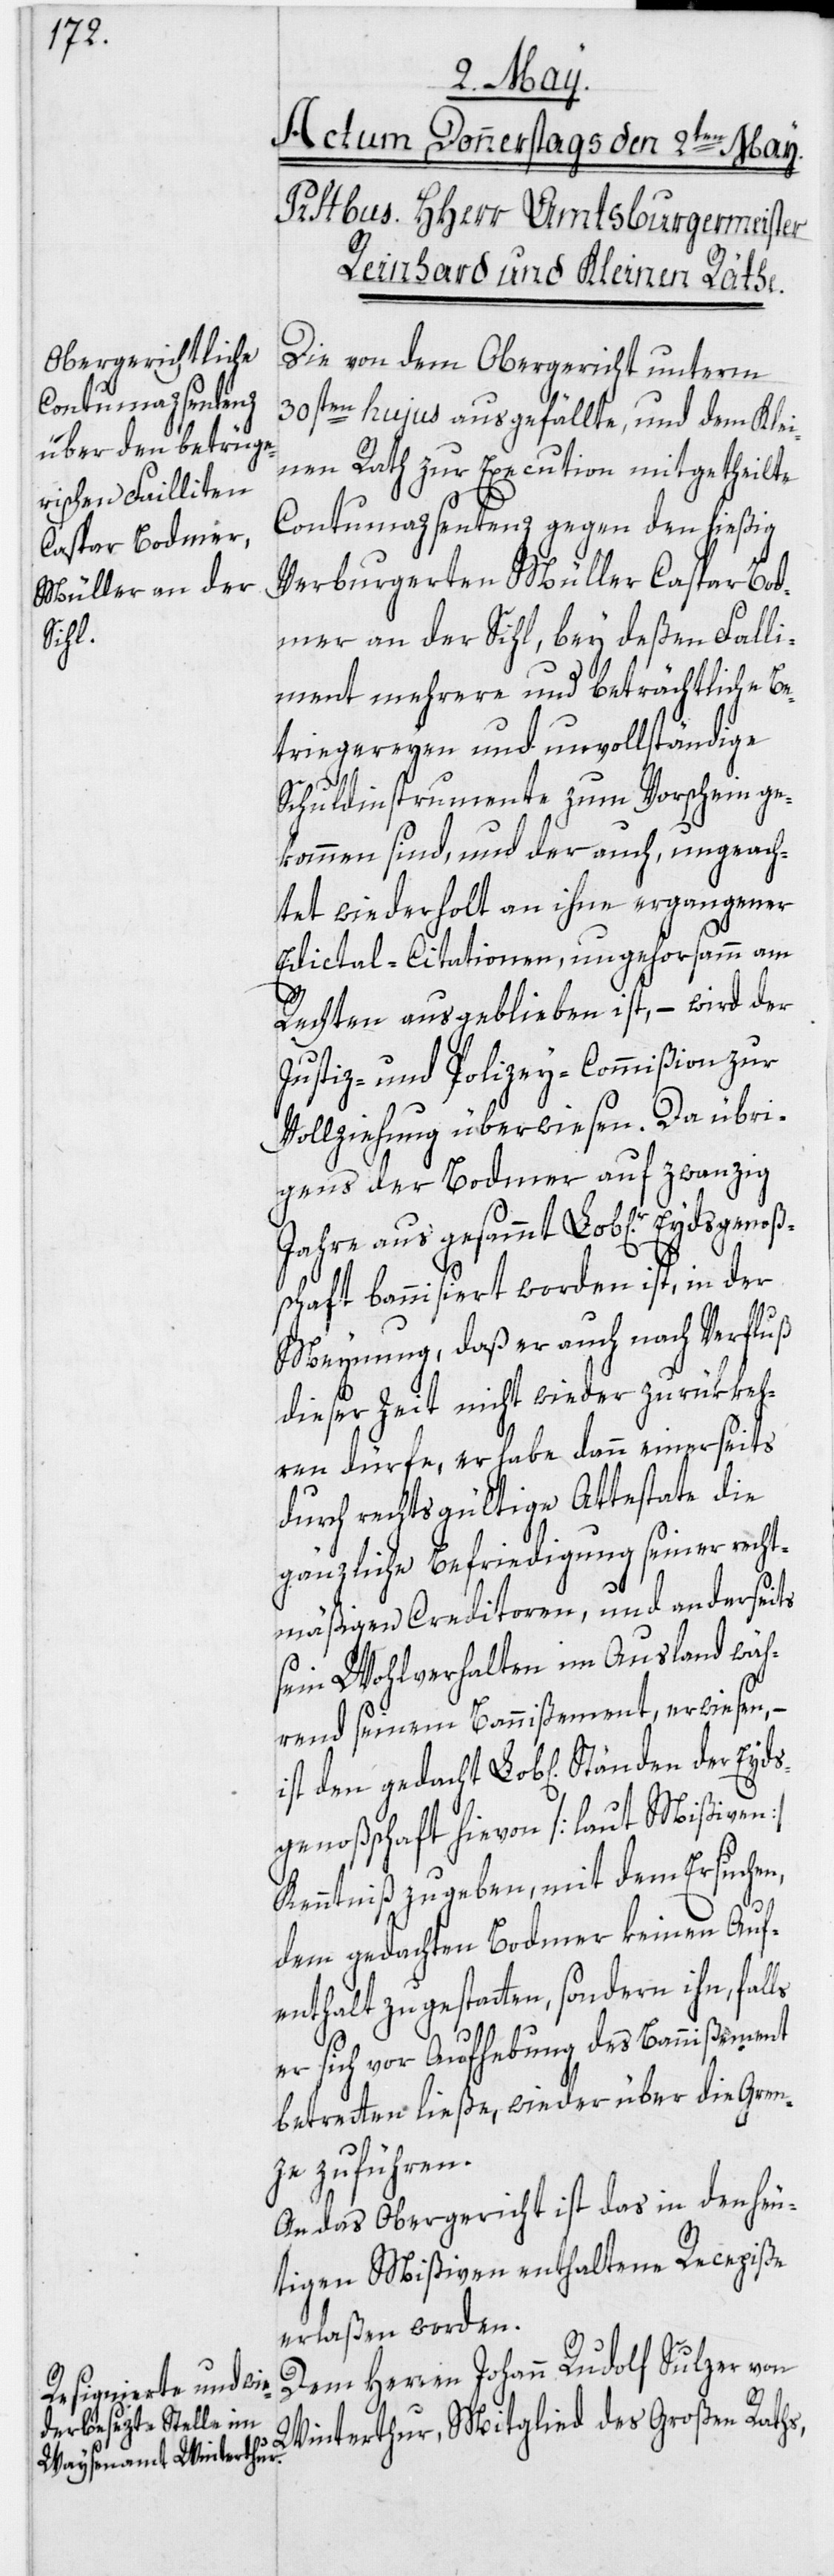
Die von dem Obergericht unterm
30sten hujus ausgefällte, und dem Klei¬
nen Rath zur Execution mitgetheilte
Contumazsentenz gegen den hießig
Verburgerten Müller Caspar Bod¬
mer an der Sihl, bey deßen Falli¬
ment mehrere und beträchtliche Be¬
triegereyen und unvollständige
Schuldinstrumente zum Vorschein ge¬
kommen sind, und der auch, ungeach¬
tet wiederholt an ihne ergangener
Edictal-Citationen, ungehorsamm am
Rechten ausgeblieben ist, – wird der
Justiz- und Polizey-Commißion zu
Vollziehung überwiesen. Da übri¬
gens der Bodmer auf zwanzig
Jahre aus gesammt Lob[liche]r Eyds¬
schaft bannisiert worden ist, in der
Meynung, daß er auch nach Verfluß
dieser Zeit nicht wieder zurükkeh¬
ren dürfe, er habe dann einerseits
durch rechtsgültige Attestate die
gänzliche Befriedigung seiner recht¬
mäßigen Creditoren, und anderseits
sein Wohlverhalten im Ausland wäh¬
rend seinem Bannißement, erwiesen,
genoßschaft hievon [laut Mißiven]
Kenntniß zu geben, mit dem Ersuchen,
dem gedachten Bodmer keinen Auf¬
enthalt zu gestatten, sondern ihn, fal¬
ls
er sich vor Aufhebung des Bannißement
betretten ließe, wieder über die Gren¬
Eyds¬
ze zu führen.
An das Obergericht ist das in den heu¬
tigen Mißiven enthaltene Recepiße
erlaßen worden.
Dem Herren Johann Rudolf Sulzer von
Winterthur, Mitglied des Großen Raths,